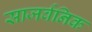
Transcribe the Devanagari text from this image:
साजर्वनिक